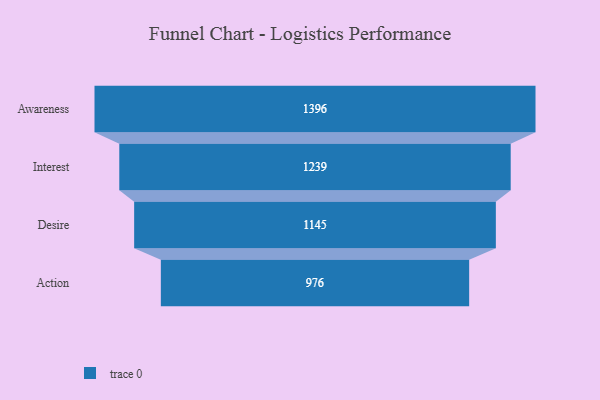
{"axis": {"x": "Stage", "y": "Value"}, "legend": [""], "data": [{"x": "Awareness", "y": 1396.0, "type": ""}, {"x": "Interest", "y": 1239.0, "type": ""}, {"x": "Desire", "y": 1145.0, "type": ""}, {"x": "Action", "y": 976.0, "type": ""}]}